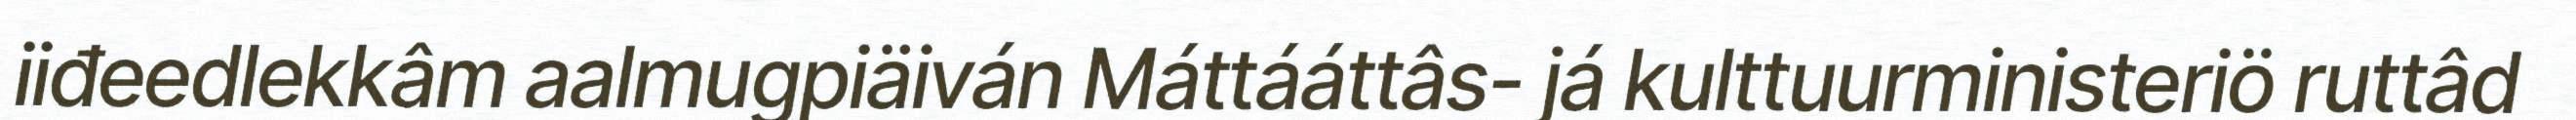
iiđeedlekkâm aalmugpiäiván Máttááttâs- já kulttuurministeriö ruttâd